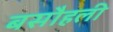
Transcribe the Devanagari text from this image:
बसौहली